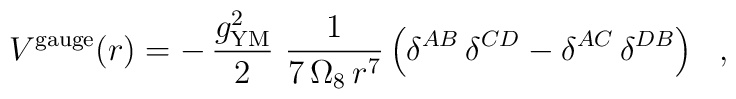
{V}^{\rm gauge}(r) =-\, \frac{g_{\rm YM}^2}{2}~\frac{1}{7\,\Omega_8\,r^7} \left(\delta^{AB}\,\delta^{CD}-\delta^{AC}\,\delta^{DB}\right)~~,